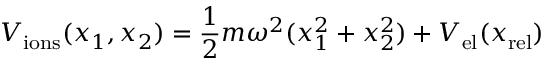
V _ { \mathrm { i o n s } } ( x _ { 1 } , x _ { 2 } ) = \frac { 1 } { 2 } m \omega ^ { 2 } ( x _ { 1 } ^ { 2 } + x _ { 2 } ^ { 2 } ) + V _ { \mathrm { e l } } ( x _ { \mathrm { r e l } } )